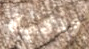
وذكية